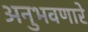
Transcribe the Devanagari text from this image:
अनुभवणारे